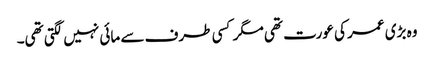
وہ بڑی عمر کی عورت تھی مگر کسی طرف سے مائی نہیں لگتی تھی۔